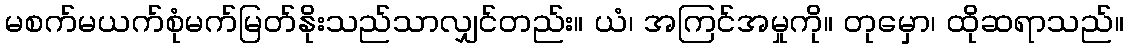
မစက်မယက်စုံမက်မြတ်နိုးသည်သာလျှင်တည်း။ ယံ၊ အကြင်အမှုကို။ တုမှော၊ ထိုဆရာသည်။